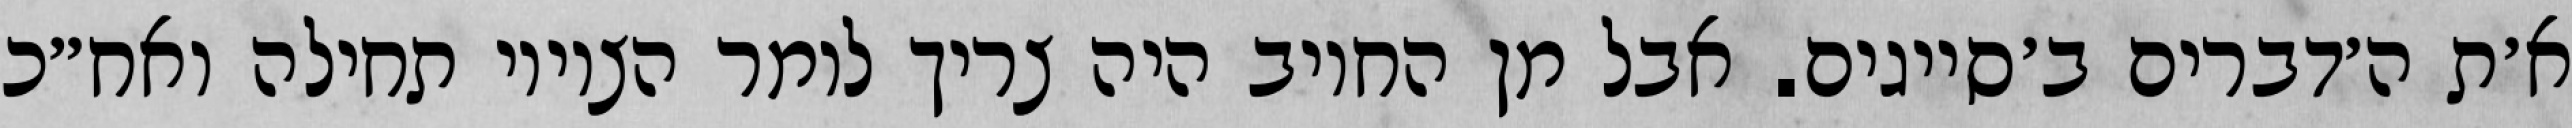
א׳ת ה׳דברים ב׳סייגים. אבל מן החיוב היה צריך לומר הציווי תחילה ואח״כ